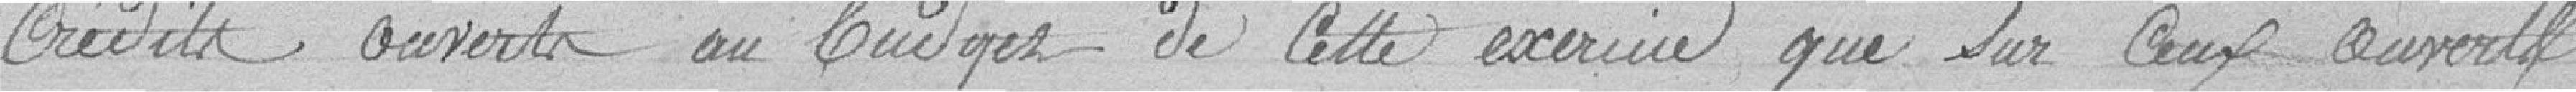
Crédits ouverts au budget de cette exercice que sur ceux ouverts